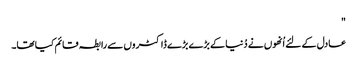
"
عادل کے لئے اُنھوں نے دُنیا کے بڑے بڑے ڈاکٹروں سے رابطہ قائم کیا تھا۔